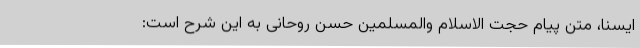
ایسنا، متن پیام حجت الاسلام والمسلمین حسن روحانی به این شرح است: